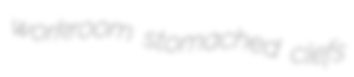
workroom stomached clefs